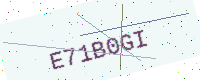
Text: E71B0GI